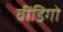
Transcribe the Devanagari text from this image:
वींडिगो